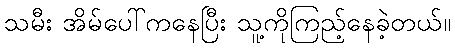
သမီး အိမ်ပေါ်ကနေပြီး သူ့ကိုကြည့်နေခဲ့တယ်။